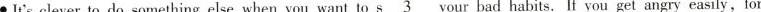
It's clever to do something else when you want to\underline{s3} your bad habits. If you get angry easily , for